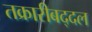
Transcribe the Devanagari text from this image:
तक्रारीबद्दल